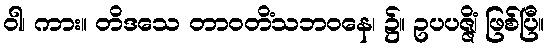
ဝါ၊ ကား။ တိဒသေ တာဝတိံသဘဝနေ၊ ၌။ ဥပပဇ္ဇိံ၊ ဖြစ်ပြီ။